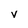
Character: v